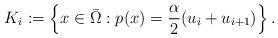
LaTeX: \begin{align*} K_i := \left\{ x \in \bar \Omega: p(x) = \frac{\alpha}{2}(u_i + u_{i+1}) \right\}. \end{align*}